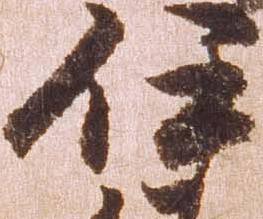
伊